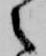
之